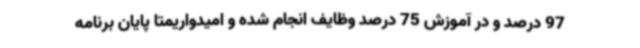
97 درصد و در آموزش 75 درصد وظایف انجام شده و امیدواریمتا پایان برنامه